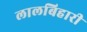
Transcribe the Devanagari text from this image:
लालबिहारी